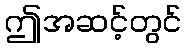
ဤအဆင့်တွင်